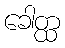
ခေါတ္ထ